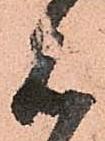
見